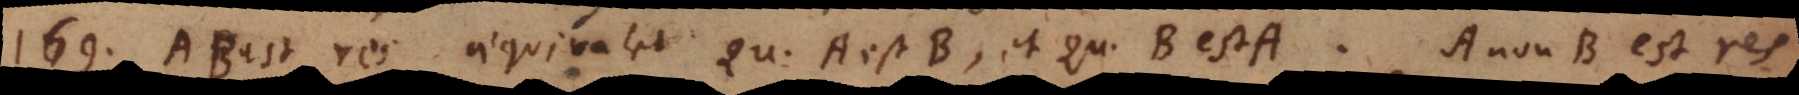
169) AB est res aequivalet Quoddam A est B, et Quoddam B est A. A non-B est res